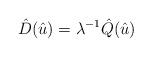
LaTeX: \begin{align*}\hat{D}(\hat{u})= \lambda^{-1}\hat{Q}(\hat{u})\end{align*}